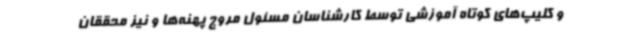
و کلیپ‌های کوتاه آموزشی توسط کارشناسان مسئول مروج پهنه‌ها و نیز محققان